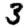
Digit: 3